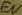
Text: EN